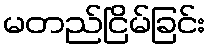
မတည်ငြိမ်ခြင်း